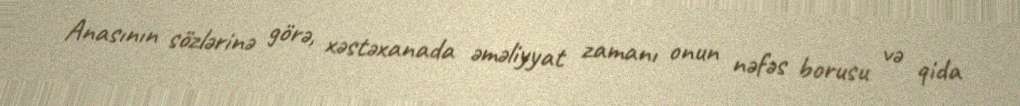
Anasının sözlərinə görə, xəstəxanada əməliyyat zamanı onun nəfəs borusu və qida